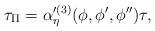
LaTeX: \begin{align*}\tau_{\Pi} =\alpha'^{(3)}_{\eta} (\phi,\phi',\phi'') \tau,\end{align*}